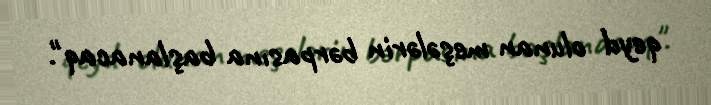
qeyd olunan meşələrin bərpasına başlanacaq".